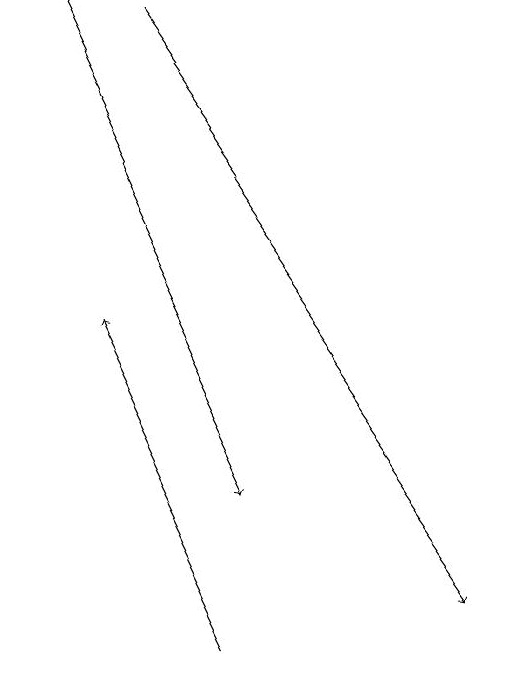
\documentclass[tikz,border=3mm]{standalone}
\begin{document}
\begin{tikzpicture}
\draw[->] (4,18) -- (9,11);
\draw[->] (6,10) -- (4,14);
\draw[->] (3,18) -- (6,12);
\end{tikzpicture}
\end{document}